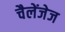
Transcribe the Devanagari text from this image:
चैलेंजेज